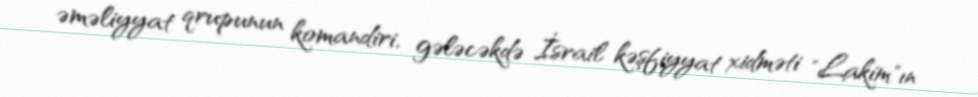
əməliyyat qrupunun komandiri, gələcəkdə İsrail kəşfiyyat xidməti "Lakim"ın